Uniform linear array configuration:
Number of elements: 64
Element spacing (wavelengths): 0.5
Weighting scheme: cosine
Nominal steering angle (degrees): -30
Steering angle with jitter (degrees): -30.571
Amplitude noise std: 0.05
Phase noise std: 0.05

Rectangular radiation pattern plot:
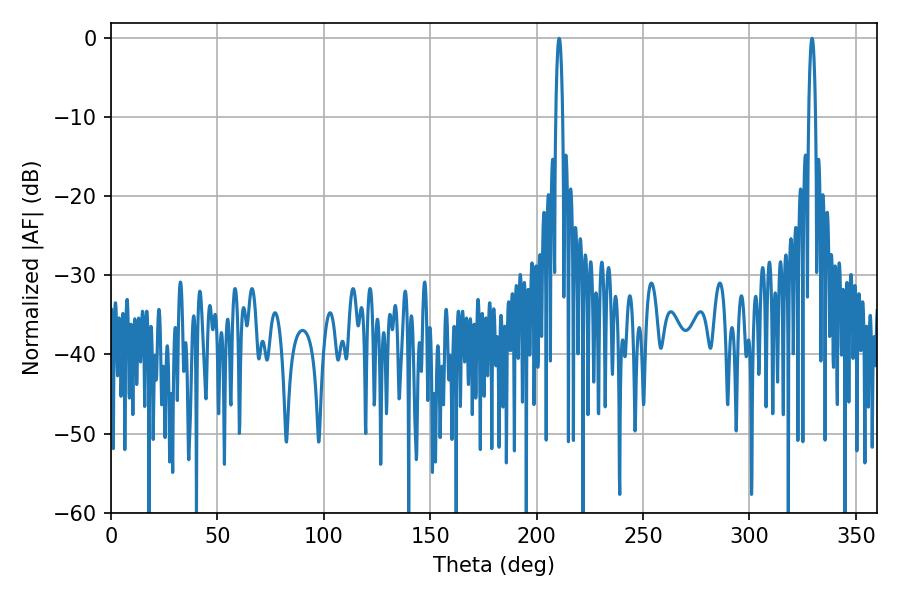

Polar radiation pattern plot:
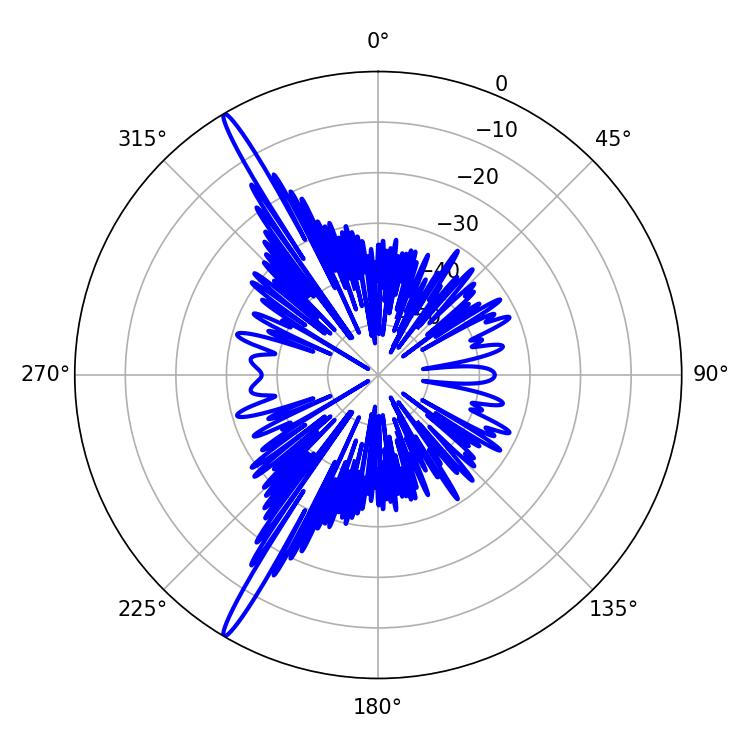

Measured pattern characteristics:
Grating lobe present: FALSE
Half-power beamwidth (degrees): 1.8
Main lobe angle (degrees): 210.6